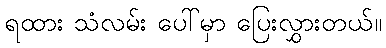
ရထား သံလမ်း ပေါ်မှာ ပြေးလွှားတယ်။